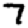
Digit: 7